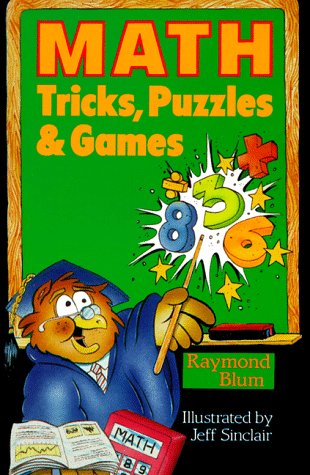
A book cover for Math Tricks, Puzzles and Games; Raymond Blum; Humor & Entertainment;